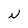
Character: N